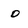
Character: o